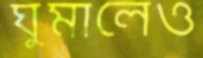
ঘুমালেও